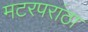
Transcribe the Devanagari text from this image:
मटरपरांठा